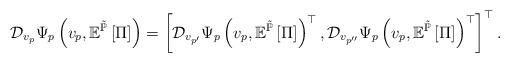
LaTeX: \begin{align*}\mathcal{D}_{v_{p}}\Psi_{p}\left(v_{p},\mathbb{E}^{\tilde{\mathbb{P}}}\left[\Pi\right]\right)=\left[\mathcal{D}_{v_{p'}}\Psi_{p}\left(v_{p},\mathbb{E}^{\tilde{\mathbb{P}}}\left[\Pi\right]\right)^{\top},\mathcal{D}_{v_{p''}}\Psi_{p}\left(v_{p},\mathbb{E}^{\tilde{\mathbb{P}}}\left[\Pi\right]\right)^{\top}\right]^{\top}.\end{align*}